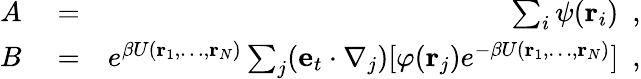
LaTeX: \begin{array}{rlr}{A}&{{}=}&{\sum_{i}\psi({\mathbf r}_{i})~~,}\\ {B}&{{}=}&{e^{\beta U({\mathbf r}_{1},\ldots,{\mathbf r}_{N})}\sum_{j}({\mathbf e}_{t}\cdot\nabla_{j})[\varphi({\mathbf r}_{j})e^{-\beta U({\mathbf r}_{1},\ldots,{\mathbf r}_{N})}]~~,}\end{array}